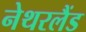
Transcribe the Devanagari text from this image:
नेथरलैंड